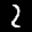
Label: 2